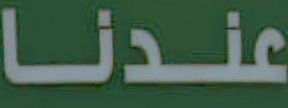
عندنا